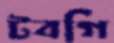
টবগি